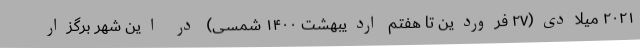
۲۰۲۱ میلادی(۲۷ فروردین تا هفتم اردیبهشت ۱۴۰۰ شمسی) در این شهر برگزار